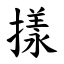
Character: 㨾